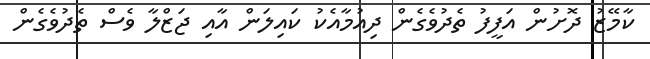
ކާމޭޒު ދޮށުން އަފީފު ތެދުވެގެން ދިއުމާއެކު ކައިލަން އާއި ޖަޒްލާ ވެސް ތެދުވެގެން